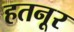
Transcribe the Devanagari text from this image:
हतनूर